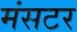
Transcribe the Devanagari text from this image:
मंसटर